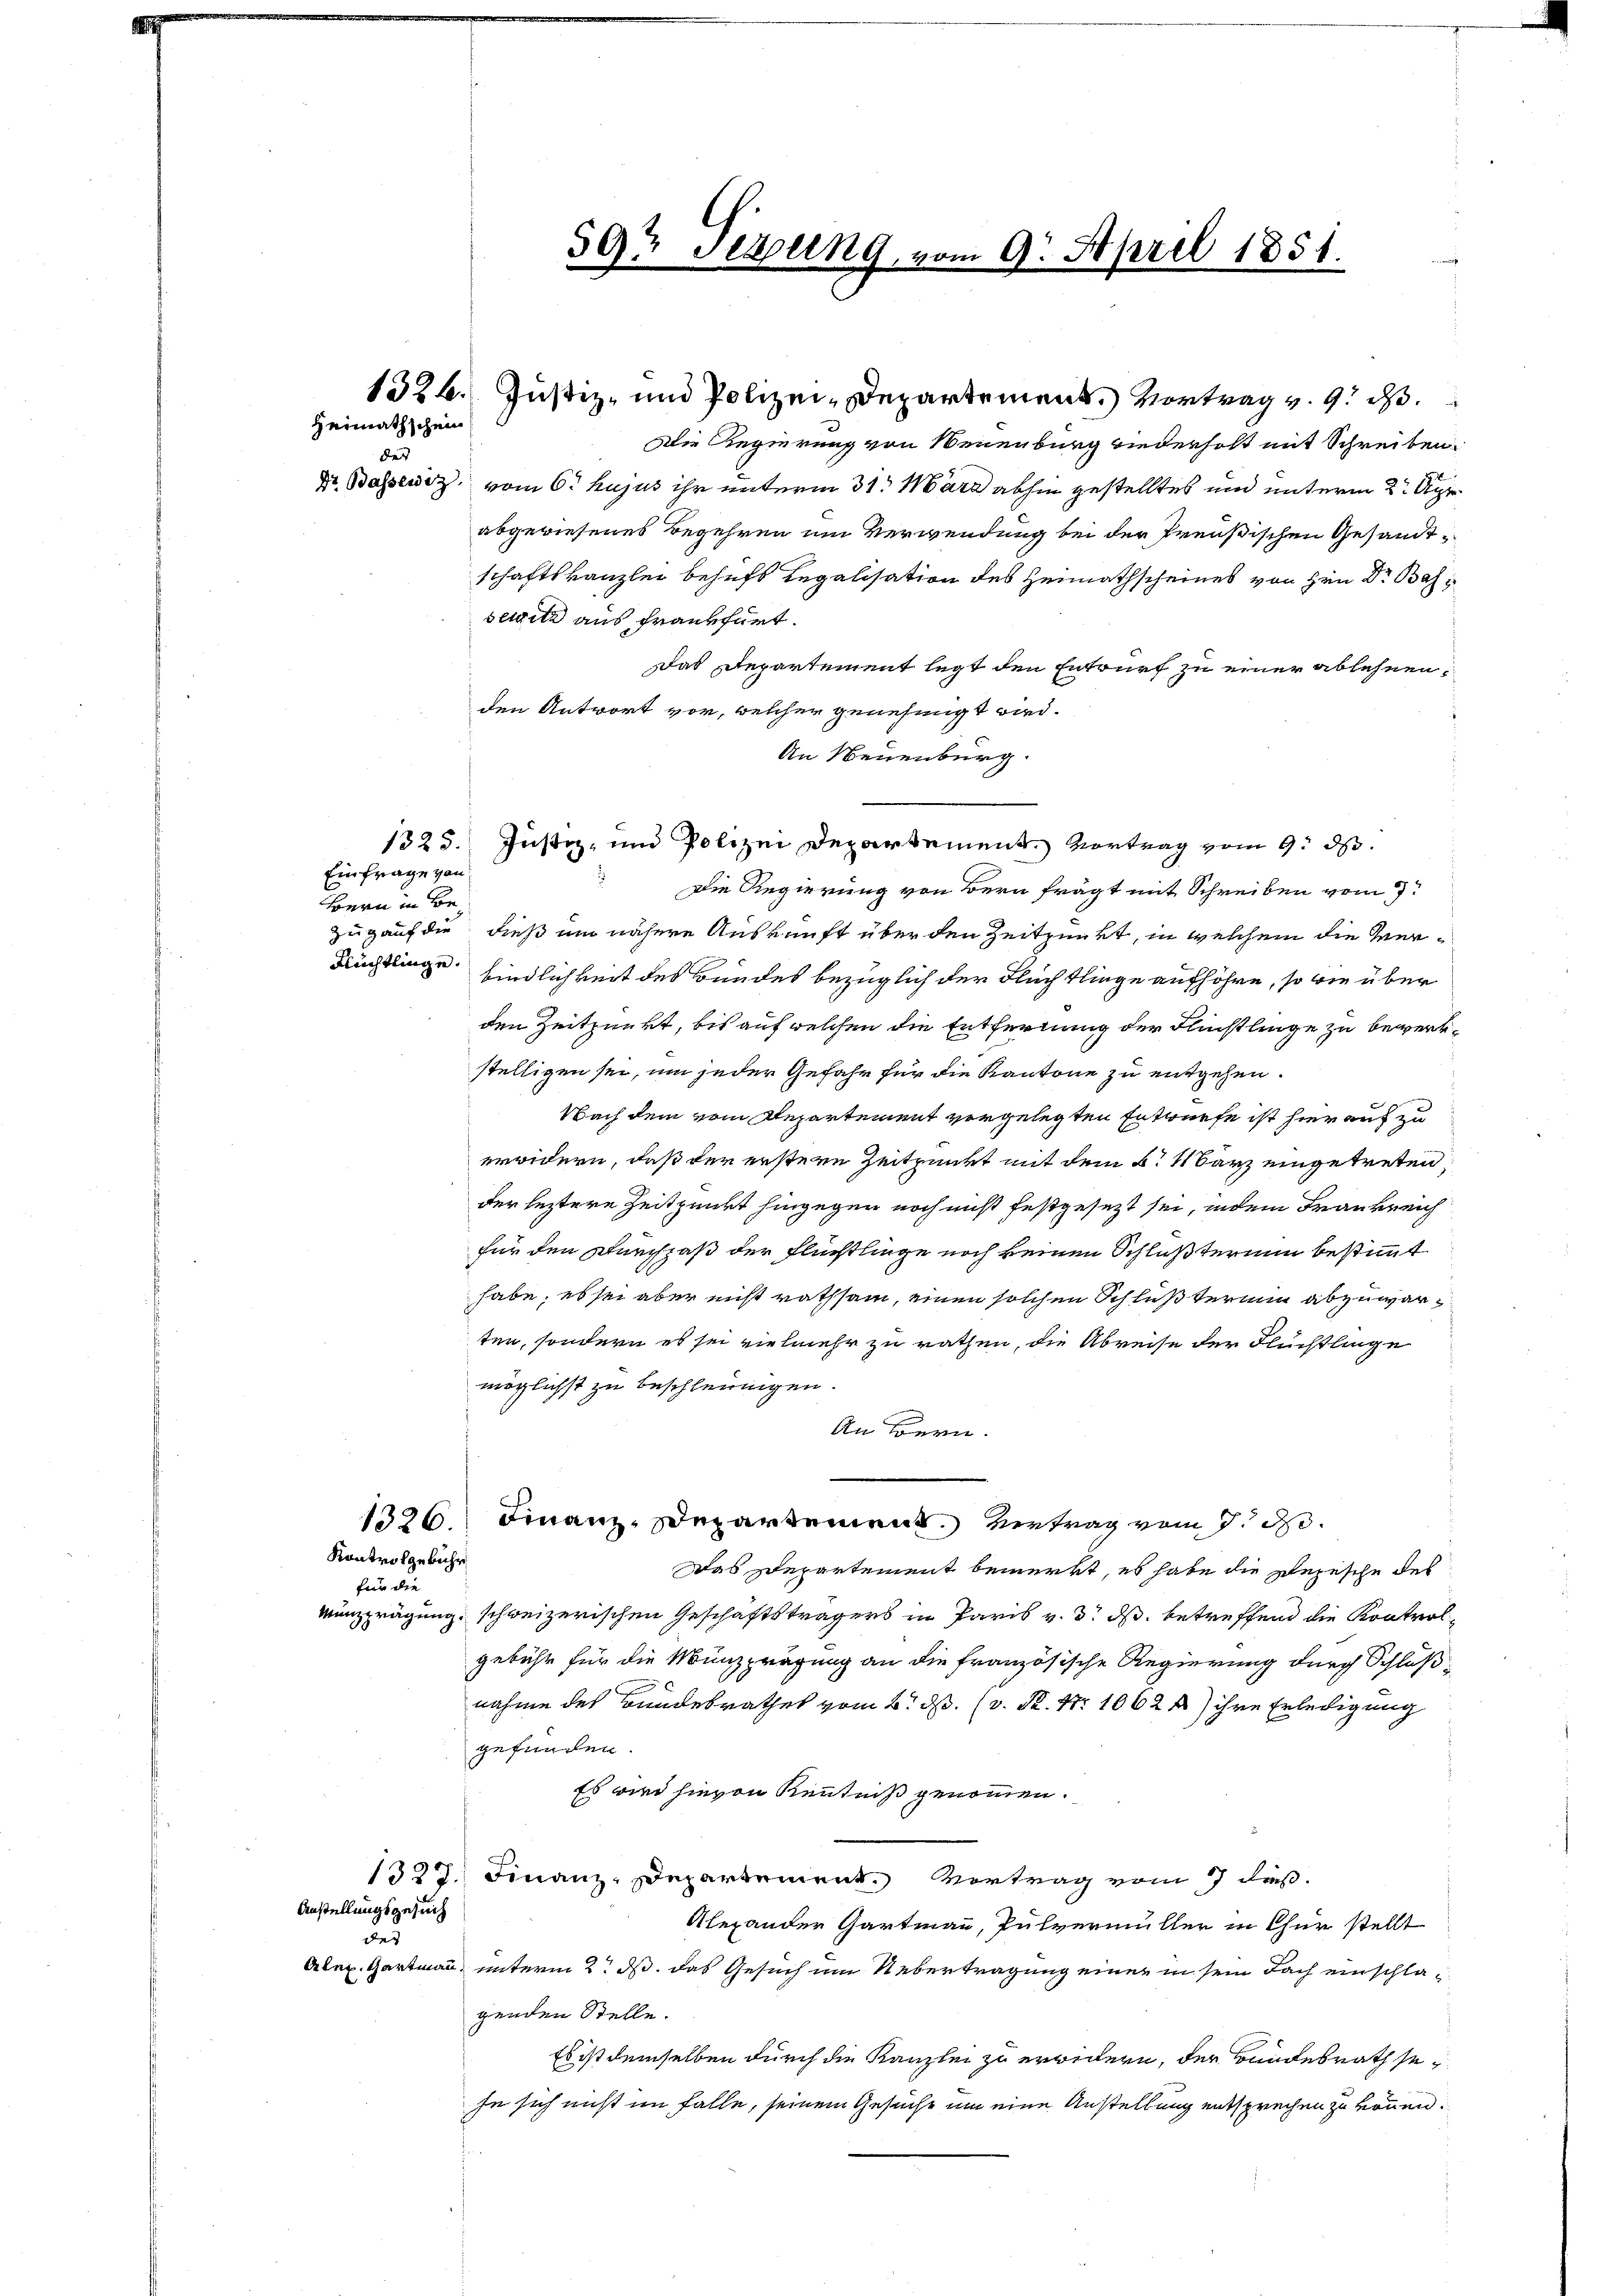
Heimathschein
des

Einfrage von
Bern in Be¬

Kontrolgebühr
für die

Anstellungsgesuch
des

1326. Justiz- und Polizei-Departement. Vortrag v. 9. d.
Die Regierung von Neuenburg wiederholt mit Schreiben
Dr. Bassetz vom 6. hujus ihr unterm 31. März abhin gestelltes und unterm 2. Apr
abgewiesenes Begehren um Verwendung bei der Preußischen Gesandtschaftskanzlei behufs Regalisation des Heimathscheines von Hrn Dr Bas
selvitz aus Frankfurt.
das Departement legt den Entwurf zu einer ablehnen,
den Antwort vor, welcher genehmigt wird.
An Neuenburg.
Die Regierung von Bern frägt mit Schreiben vom 7.
Zug auf die dieß um nähere Auskunft über den Zeitpunkt, in welchem die Ver¬
Flüchtlinge findlichkeit des Bundes bezüglich der Fluch klinge aufhöhre, so wie über
den Zeitpunkt, bis auf welchen die Entfernung der Flinstlinge zu bewerkstelligen sei, um jeder Gefahr für die Kantone zu entgehen.
Nach dem vom Departement vorgelegten Entwurfe ist hierauf zu
erwidern, daß der erstern Zeitpunkt mit dem 5. März eingetreten
der leztere Zeitpunkt hingegen noch nicht festgesezt sei, indem Frankreich
für den Durchpaß der Flüchtlinge noch keinen Schlußterium bestimmt
habe; es sei aber nicht rathsam, einen solchen Schluß termin abzuwarten, sondern es sei vielmehr zu rathen, die Abreise der Flüchtlinge
möglichst zu beschleunigen.
An Bern.
1326. Finanz-Departement. Vertrag vom 7. d.
Das Departement bemerkt, es habe die Depesche des
wünzprägung schweizerischen Geschäftsträgers in Paris v. 3. ds. betreffend die Kontrolgebühr für die Münzprägung an die französische Regierung durch Schlußnahme des Bundesrathes vom 6. dß. (v. P. Nr. 1062) ihre Erledigung
gefunden.
Es wird hievon Kenntniß genommen.
1327. Finanz-Departement. Vortrag vom 7 des
Alexander Gartmann, Pulvermüller in Chur stellt
Alex. Gartmann, unterm 2. ds. das Gesuch um Uebertragung einer in sein Fach einschlagenden Stelle.
Es ist demselben durch die Kanzlei zu erwidern, der Bundesrath sey
se sich nicht im Falle, seinem Gesuche um eine Anstellung entsprechen zu können.

1325. Justiz- und Polizei Departement. Vortrag vom 9. ds.

59. Seppung, vom 9. April 1851.